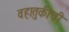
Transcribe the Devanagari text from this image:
वहातुकीची